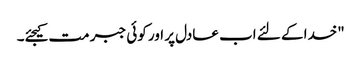
"خدا کے لئے اب عادل پر اور کوئی جبر مت کیجئے۔